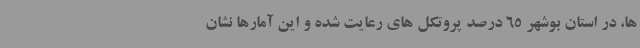
ها، در استان بوشهر 65 درصد پروتکل های رعایت شده و این آمارها نشان